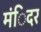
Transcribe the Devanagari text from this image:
मंिदर